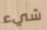
شيء